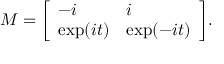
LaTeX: M = { \left[ \begin{array} { l l } { - i } & { i } \\ { \exp ( i t ) } & { \exp ( - i t ) } \end{array} \right] } .